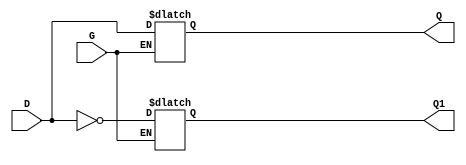
module Dlatch (G, D, Q, Q1);
input G, D;
output Q1, Q;

reg Q1, Q;

always @(D or G)
	if (G)
	  begin
	    Q <= D;
	    Q1 <= ~D;
	   end
endmodule